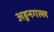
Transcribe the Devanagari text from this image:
अहुनगल्ल